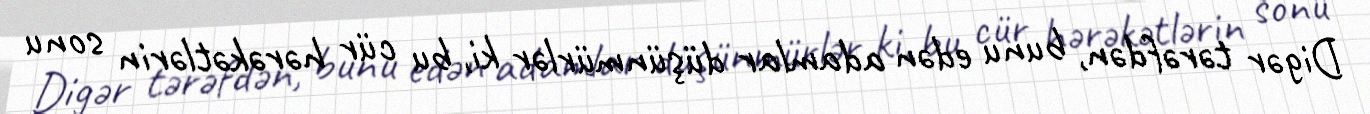
Digər tərəfdən, bunu edən adamlar düşünmürlər ki, bu cür hərəkətlərin sonu